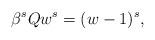
LaTeX: \begin{align*} \beta^s Qw^s = (w - 1)^s,\end{align*}